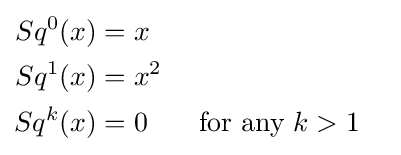
{\begin{aligned}Sq^{0}(x)&=x\\Sq^{1}(x)&=x^{2}\\Sq^{k}(x)&=0&&{\text{ for any }}k>1\end{aligned}}